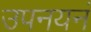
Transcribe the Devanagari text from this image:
उपनयनं